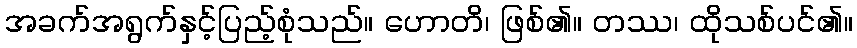
အခက်အရွက်နှင့်ပြည့်စုံသည်။ ဟောတိ၊ ဖြစ်၏။ တဿ၊ ထိုသစ်ပင်၏။